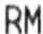
RM